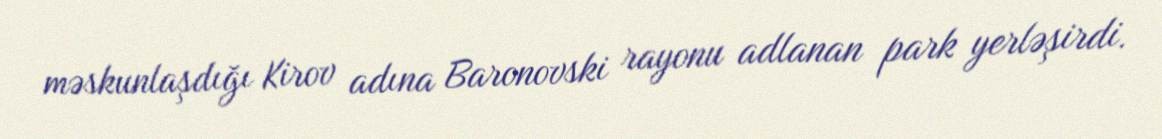
məskunlaşdığı Kirov adına Baronovski rayonu adlanan park yerləşirdi.